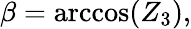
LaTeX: \beta=\operatorname{arccos}(Z_{3}),